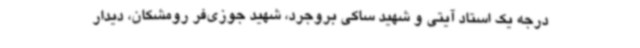
درجه یک استاد آیتی و شهید ساکی بروجرد، شهید جوزی‌فر رومشکان، دیدار